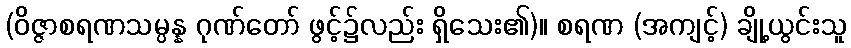
(ဝိဇ္ဇာစရဏသမ္ပန္န ဂုဏ်တော် ဖွင့်၌လည်း ရှိသေး၏)။ စရဏ (အကျင့်) ချို့ယွင်းသူ